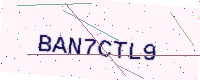
Text: BAN7CTL9